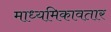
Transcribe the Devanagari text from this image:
माध्यमिकावतार